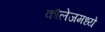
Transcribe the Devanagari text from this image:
कॊलेजमध्ये